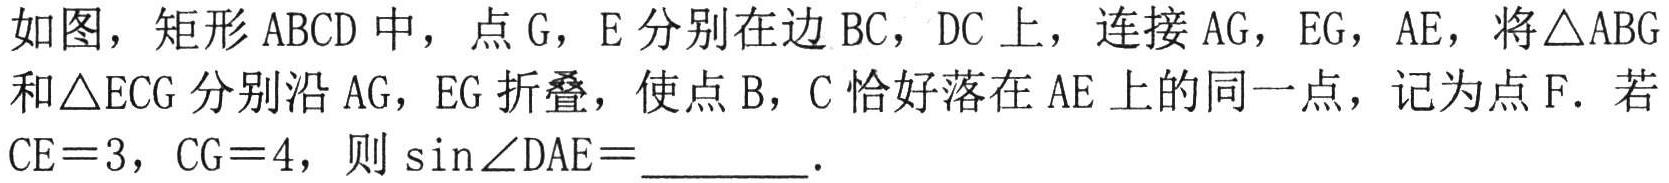
如图，矩形\(ABCD\)中，点\(G\)，\(E\)分别在边\(BC\)，\(DC\)上，连接\(AG\)，\(EG\)，\(AE\)，将\(\triangle ABG\)和\(\triangle ECG\)分别沿\(AG\)，\(EG\)折叠，使点\(B\)，\(C\)恰好落在\(AE\)上的同一点，记为点\(F\)．若\(CE = 3\)，\(CG = 4\)，则\(\sin\angle DAE=\)  ．